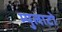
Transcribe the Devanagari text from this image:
म्युलाटो